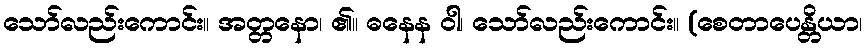
သော်လည်းကောင်း။ အတ္တနော၊ ၏။ ဓနေန ဝါ၊ သော်လည်းကောင်း။ (စေတာပေန္တိယာ၊